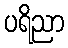
ပရိညာ